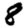
Digit: 8